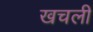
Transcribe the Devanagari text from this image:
खचली